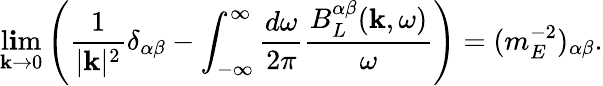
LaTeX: \operatorname*{l\mathbf{i}m}_{{\mathbf{k}}\to0}\left(\frac{{1}}{{|{\mathbf{k}}|^{2}}}\delta_{\alpha\beta}-\int_{-\infty}^{\infty}\frac{{d\omega}}{{2\pi}}\frac{{B_{L}^{\alpha\beta}({\mathbf{k}},\omega)}}{{\omega}}\right)=(m_{E}^{-2})_{\alpha\beta}.